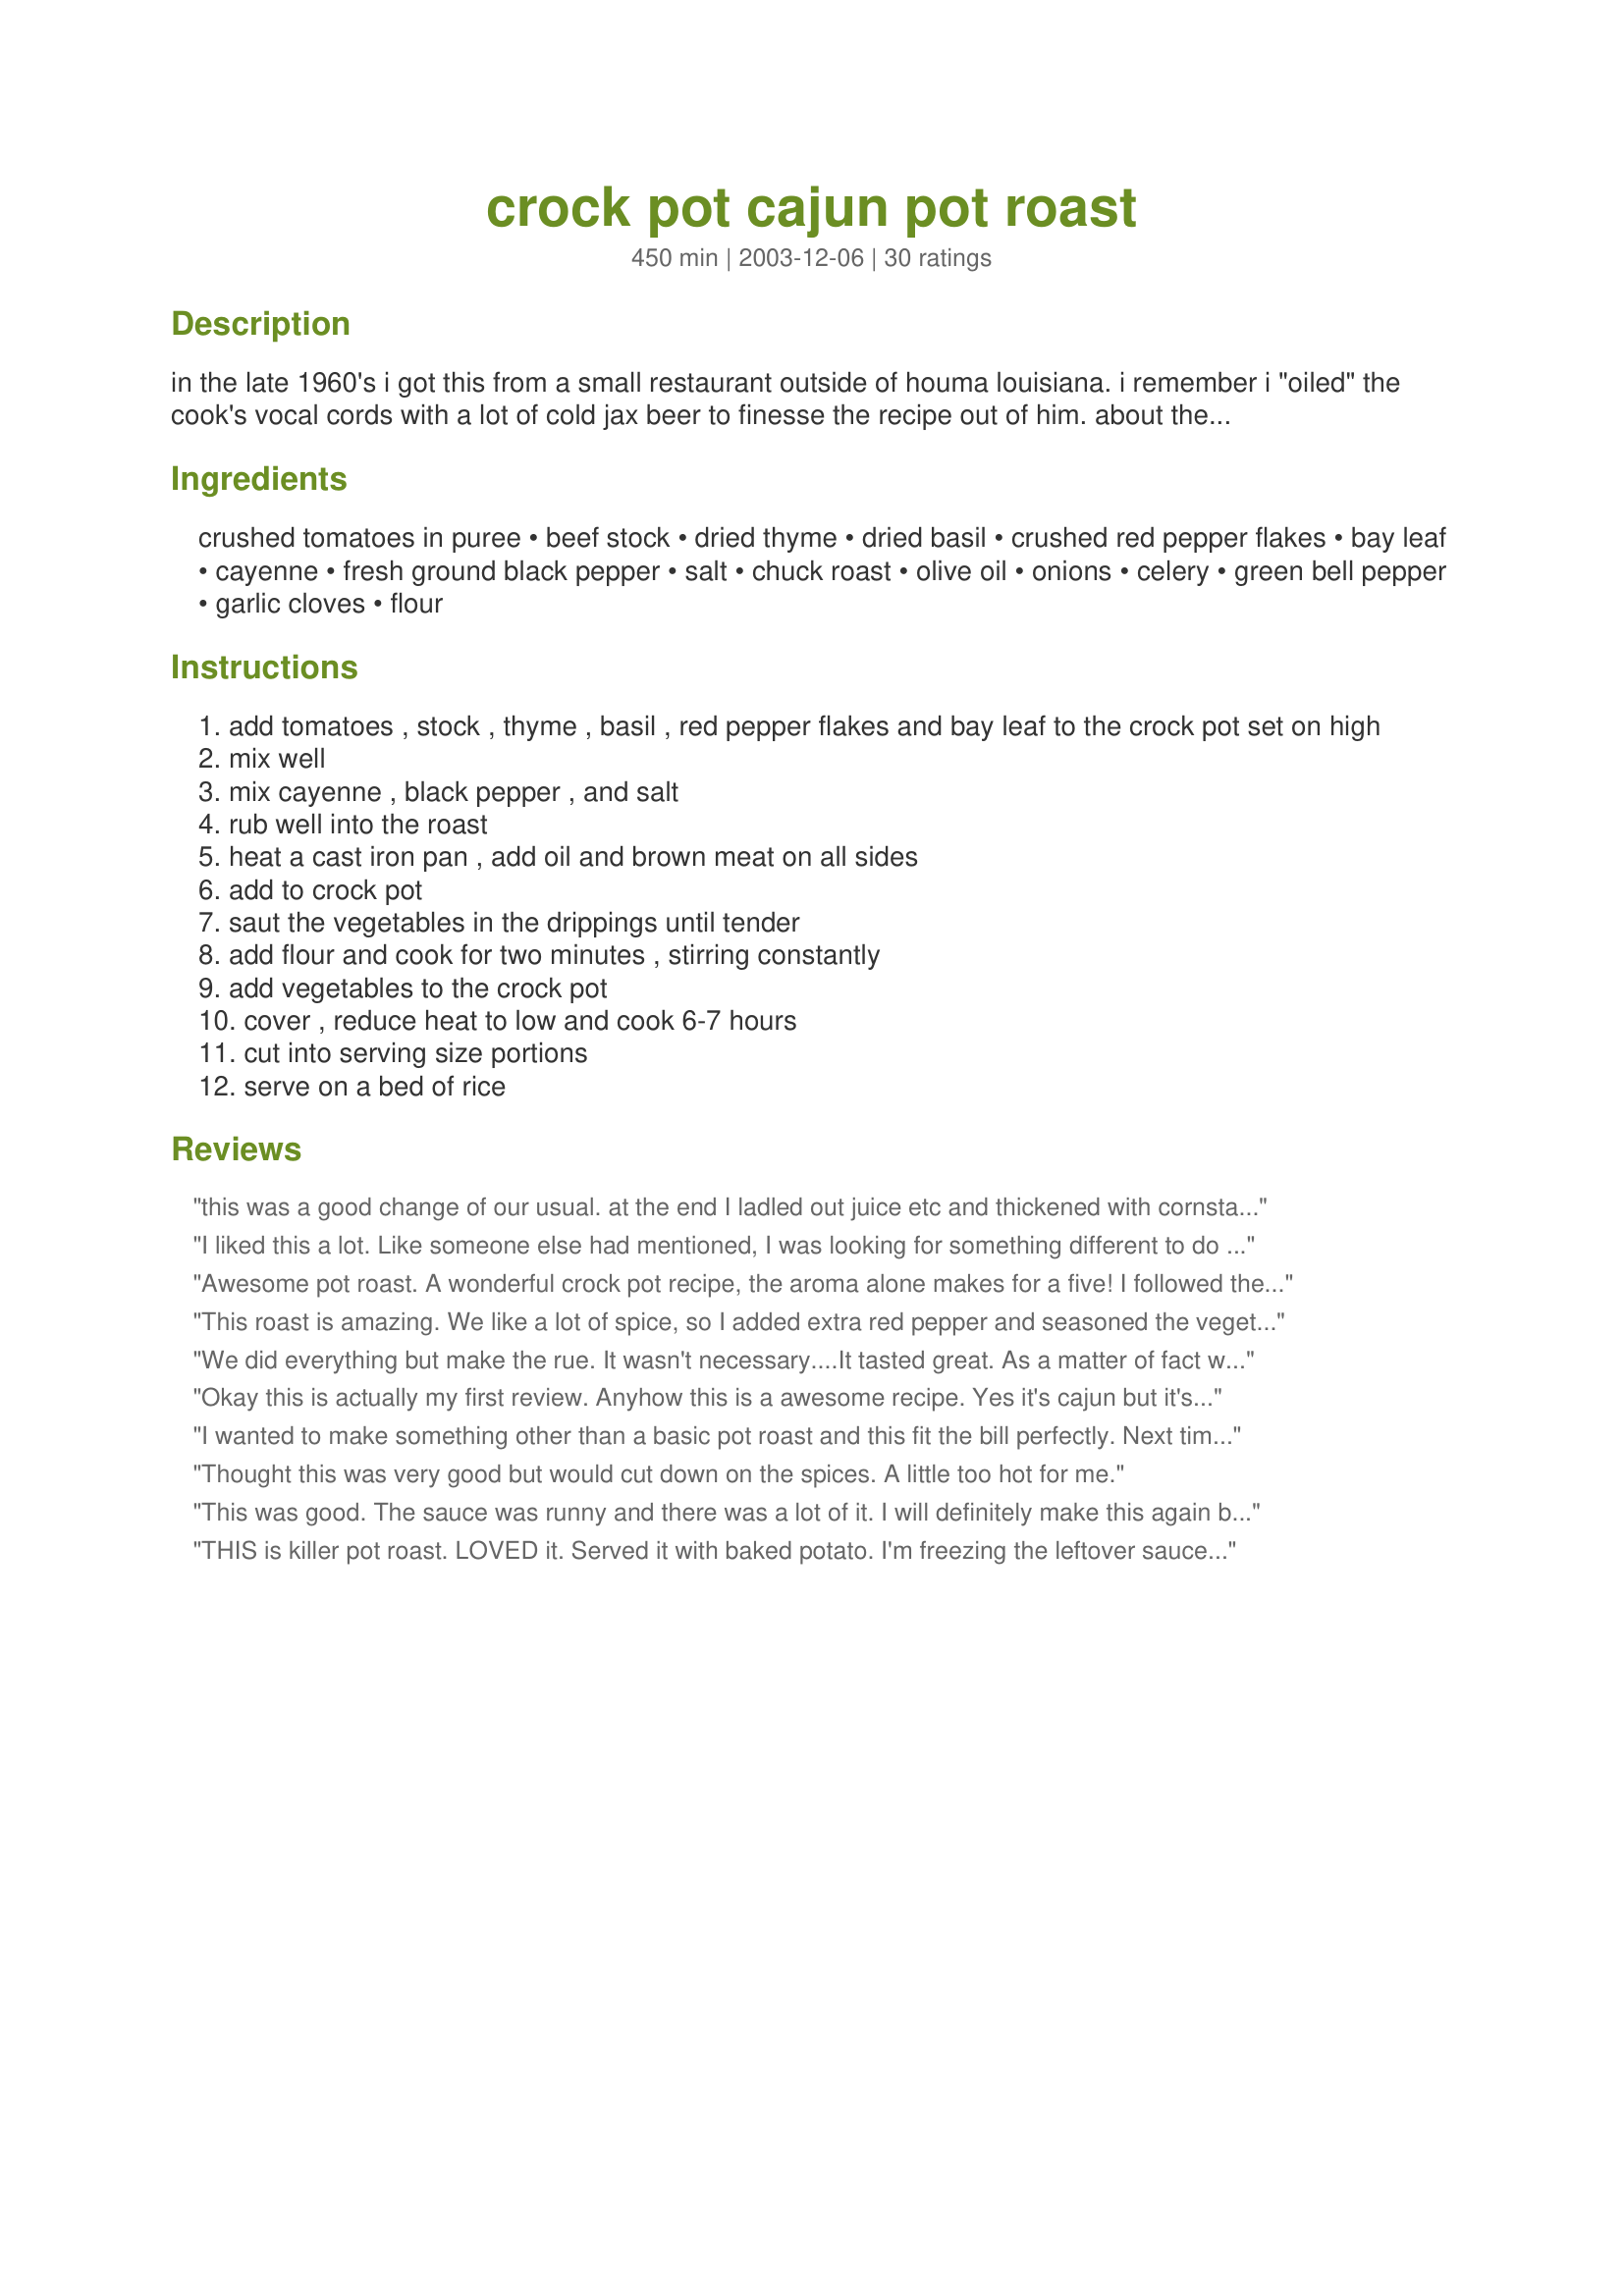
crock pot cajun pot roast
Preparation time: 450 minutes

in the late 1960's i got this from a small restaurant outside of houma louisiana. i remember i "oiled" the cook's vocal cords with a lot of cold jax beer to finesse the recipe out of him. about the only thing i've changed is re figuring it for the crock pot.

Ingredients:
crushed tomatoes in puree, beef stock, dried thyme, dried basil, crushed red pepper flakes, bay leaf, cayenne, fresh ground black pepper, salt, chuck roast, olive oil, onions, celery, green bell pepper, garlic cloves, flour

Steps:
add tomatoes , stock , thyme , basil , red pepper flakes and bay leaf to the crock pot set on high
mix well
mix cayenne , black pepper , and salt
rub well into the roast
heat a cast iron pan , add oil and brown meat on all sides
add to crock pot
saut the vegetables in the drippings until tender
add flour and cook for two minutes , stirring constantly
add vegetables to the crock pot
cover , reduce heat to low and cook 6-7 hours
cut into serving size portions
serve on a bed of rice

Reviews:
this was a good change of our usual. at the end I ladled out juice etc and thickened with cornstarch and water. also adjusted seasonings. It was a little lacking. added more garlic powder and beef base. also threw in some steak seasoning I had<br/><br/>we really like it
I liked this a lot. Like someone else had mentioned, I was looking for something different to do with a chuck roast, and this was perfect.

I'm big on flavor and a lot of online recipes can be rather bland. I don't know if that's to appeal to a larger audience or what, all I know is I've been disappointed by more recipes than pleased. This one didn't disappoint.

If you are bored with traditional pot roast, give this a shot. Plenty of flavor, but not so far from traditional pot roast that you should feel you're going into uncharted territory.
Awesome pot roast. A wonderful crock pot recipe, the aroma alone makes for a five! I followed the instructions and wouldn't change a thing. Definitely another Pierre Dance winner. Not only was this full flavored pot roast enjoyed by all it is sooo perfect to be making when one cannot be in the kitchen. Thank you for sharing this excellent keeper of a recipe.
This roast is amazing. We like a lot of spice, so I added extra red pepper and seasoned the vegetables with extra cayenne pepper. After three hours on high, I added more rue (flour and milk) to make the sauce more like gravy. I served the leftovers over mashed potatoes, which was delicious!!Thanks for the recipe.
We did everything but make the rue. It wasn't necessary....It tasted great. As a matter of fact we decided not to put it over rice and just eat it out of a bowl. Yummy
Okay this is actually my first review. Anyhow this is a awesome recipe. Yes it's cajun but it's not to hot. My three young boys love it. It has a bit of a soup consistency which I love on rice. The roast is tender and well seasoned and the veggies were all fantastic. My whole family adores this one.
I wanted to make something other than a basic pot roast and this fit the bill perfectly. Next time I might kick it up a notch with a pinch of file and red pepper sauce.
Thought this was very good but would cut down on the spices. A little too hot for me.
This was good. The sauce was runny and there was a lot of it. I will definitely make this again but I will cut down on the sauce. The roast beef had a fantastic flavour. Thanks for this recipe.
THIS is killer pot roast. LOVED it. Served it with baked potato. I'm freezing the leftover sauce for a quick side spooned over brown rice. I should think any cut of pot roast would work. Only change I made was to cook on high for 4 hours rather than low.
This was delish, don't get me wrong, but I just wish more of the seasoning on the meat had come through. I rubbed that stuff in like it was my job. I just tasted all of the tomato and seasonings in the sauce. This is still great as a different pot roast.
We enjoyed this pot roast. The sauce is delicious, and really makes the recipe. An easy crockpot dish using readily available ingredients--thanks, Pierre.
Great! I threw in some fresh mushrooms and a few quartered baby red potatoes. Thickened it up with a little roux left over from browning the meat and let it work in the crock pot. It was fantastic. Thank you for sharing this recipe.
Yummy! We really enjoyed this; fall-apart meat and great taste. I served over noodles. With the leftovers I made the "Delicious Low Carb Leftover Pot Roast Casserole" recipe #177274 and served over rice. Also delicious! Thank you for a new repeat recipe.
Another crock pot winner . I enjoyed the gentle kick that the red pepper and cayenne pepper gave the broth. I'm glad you shared this recipe with us.
Purchased a new crockpot, this was the first meal I decided to make in it. I missed the step of preslicing the roast into steak, that of course would have made it really moist, I already had a tri-tip in the fridge. Next time I will slice the roast so the whole thing lays in the sauce while it cooks. This was tastey even with my blunder. I like my food really spicey so next time I'll probably use more crushed red pepper or cayenne. Good recipe. Thanks
I cooked this along with some other crock pot things this weekend. It smelled good and tasted ok but wasn't the favorite for most, probably because MY family isn't crazy about the tomatoes in it. I thought it had a great flavor and was so easy to make. I have family in Houma and thought I would try this out. Wasn't what I thought it would be but was good! Thanks for posting, I did print and save this one for future use!
I did everything wrong and it still came out right. I didn't cut the roast, didn't rub the meat, and had no green pepper. I also added a spoon of sugar as suggested in an earlier review.
Fantastic recipe for a cold winter day.
DH says I should cook this for every meal. It was great and had a good spice to it. Not too much not too little. Added potatoes and carrots to mine. Thanks for a great roast with a slight twist to it.
In just one day I had quite a few happenings. I noticed while in Walmart I had a rather large split in the side seam of my sweat pants, later I checked an old lottery ticket and won $25, much to my delight I witnessed my arch enemy humbled on facebook and, lastly, I made a delicious crockpot Cajun Pot Roast. What a day...what a day! I should wear those split sweats more often.
Delish! I cut every corn I possibly could, didnt have time to sautee the veg's or brown the roast. Just threw all the ingredients into the crock pot and cooked for 8 hours, turning meat ocassionally. Wonderful, tender, slightly spicy...just perfect!
This is so wonderful!! The aroma was outstanding and I was not disappointed when I tasted this roast. This was the most savory roast I have made. Leftovers were also great on toasted rolls with sauce to dip in. Thanks for the wonderful recipe. It is defiantly a keeper!

Oh, I also just added a little bit more salt for are taste :)
This recipe was awesome! I followed the recipe exactly except that I added a little brown sugar to the tomatoes. The juice was so delicious. Just spicy enough but not too hot. My kids loved it, even my pickiest eater. The next day I shredded up the leftover meat and put it in the gravy and mixed in a new batch of rice and made like a casserole. My family ate every bite, nothing was wasted. Thank you so much for this great recipe, I will be making it often.
Very well seasoned. Correct amount of herbs and great flavor but it would have been better with more spice contributing to the overall heat of the dish. Okra might have made it taste better. Really good but not a stellar 5 star wonder dish.
Great recipe that my family loved! The roast was flavorful, fall-apart tender, and moist. The veggies and sauce served over rice were amazing too. The only changes I made were to use fresh pureed tomatoes because I was out of canned and I left the roast whole instead of cutting it into steaks. I will be making this again, and again, and again.
This is wonderful. I was looking for something different to do with a chuck roast when I came upon this recipe. As a northerner, my familiarity with Cajun cooking has been limited to sprinkling the Cajun premixed seasoning on whatever and I'm no fan of but when I read the ingredients I decided to give it shot. My son said &quot;Even if the meat is gone, save the sauce . It will be great on anything.&quot; Will be making this often. Thank you so much!!
Wonderful pot roast. I added 1 teaspoon sugar, to cut acidity of tomatoes, and 1 minced garlic clove to the tomato/stock ingredients. Mixed the flour with the cayenne, black pepper and salt 'rub' ingredients before browning the roast. Thanks for a great 'keeper' recipe.
I am very fond of all types of cajun food and when it's this good and easy to prepare thats a bonus! I have evething on hand all the time that the recipe calls for.Even if you don't, all the ingredients are very easy to get anywhere without have to visit different stores for the one item that some of the grocery don't usually keep on the shelf!The only difference that I did was not sauteing the vegetables,I just added them to the crock and also added more red pepper flakes. Excellent taste,just outstanding! Thank's for a wonderful recipe Pierre!
Wow ~ this is so good. I made mine in a dutch oven and baked it rather than use a crock pot. It turned out so tender and good.

Thank you for a great recipe!
Too dry this way. May try adding a little butter or oil next time. Ended up shredding this roast and using it for BBQ sandwiches.
